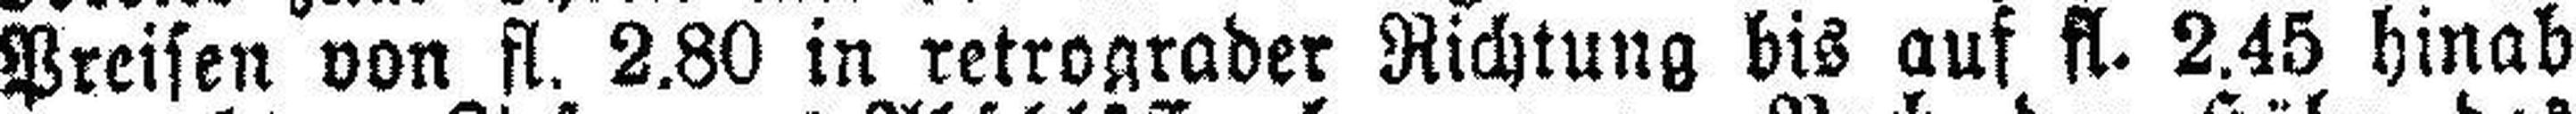
Preisen von fl. 2.80 in retrograder Richtung bis auf fl. 2.45 hinab